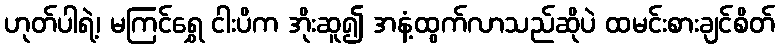
ဟုတ်ပါရဲ့၊ မကြင်ရွှေ ငါးပိက အိုးဆူ၍ အနံ့ထွက်လာသည်ဆိုပဲ ထမင်းစားချင်စိတ်